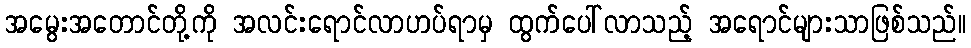
အမွေးအတောင်တို့ကို အလင်းရောင်လာဟပ်ရာမှ ထွက်ပေါ်လာသည့် အရောင်များသာဖြစ်သည်။